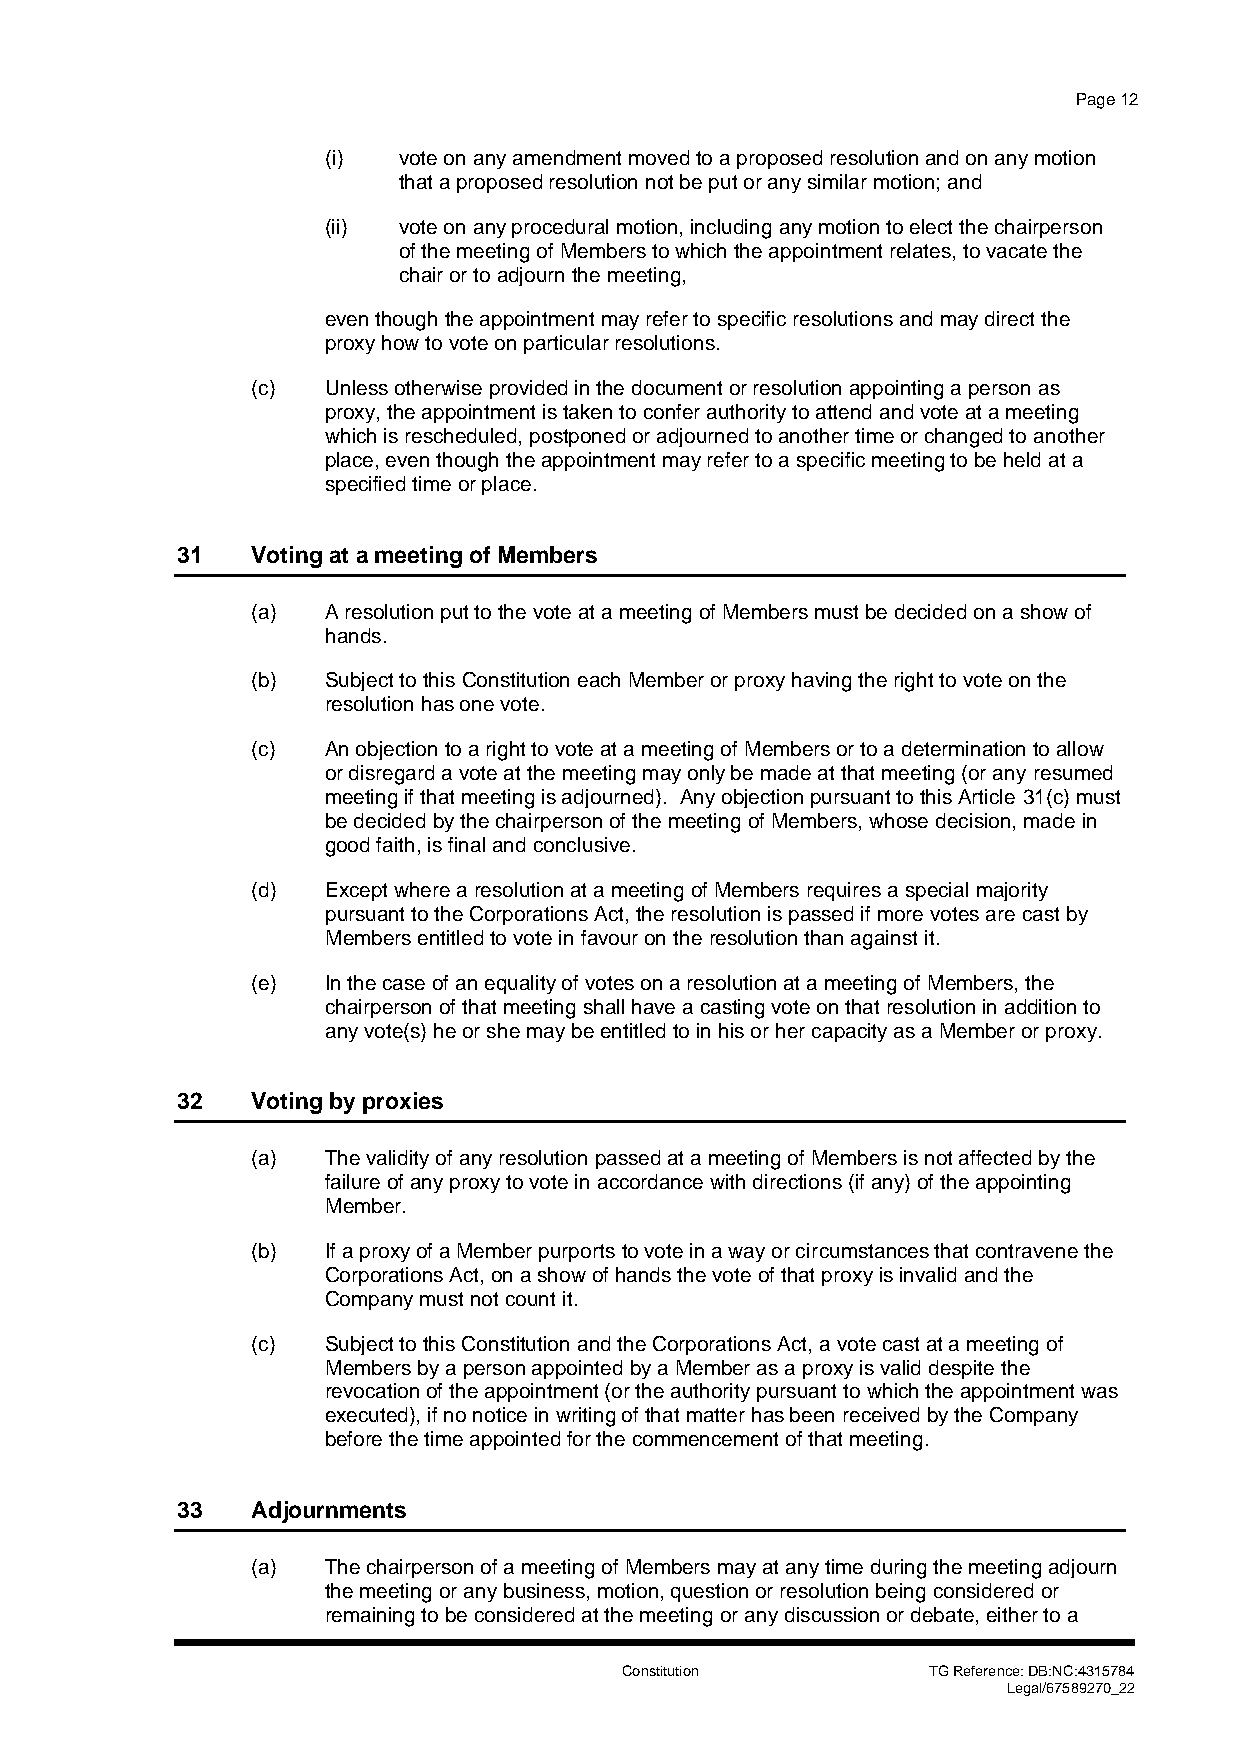
Page 12
 (i) vote on any amendment moved to a proposed resolution and on any motion
 that a proposed resolution not be put or any similar motion; and
 (ii) vote on any procedural motion, including any motion to elect the chairperson
 of the meeting of Members to which the appointment relates, to vacate the
 chair or to adjourn the meeting,
 even though the appointment may refer to specific resolutions and may direct the
 proxy how to vote on particular resolutions.
 (c)  Unless otherwise provided in the document or resolution appointing a person as
 proxy, the appointment is taken to confer authority to attend and vote at a meeting
 which is rescheduled, postponed or adjourned to another time or changed to another
 place, even though the appointment may refer to a specific meeting to be held at a
 specified time or place.
 31   Voting at a meeting of Members
 (a)  A resolution put to the vote at a meeting of Members must be decided on a show of
 hands.
 (b)  Subject to this Constitution each Member or proxy having the right to vote on the
 resolution has one vote.
 (c)  An objection to a right to vote at a meeting of Members or to a determination to allow
 or disregard a vote at the meeting may only be made at that meeting (or any resumed
 meeting if that meeting is adjourned). Any objection pursuant to this Article 31(c) must
 be decided by the chairperson of the meeting of Members, whose decision, made in
 good faith, is final and conclusive.
 (d)  Except where a resolution at a meeting of Members requires a special majority
 pursuant to the Corporations Act, the resolution is passed if more votes are cast by
 Members entitled to vote in favour on the resolution than against it.
 (e)  In the case of an equality of votes on a resolution at a meeting of Members, the
 chairperson of that meeting shall have a casting vote on that resolution in addition to
 any vote(s) he or she may be entitled to in his or her capacity as a Member or proxy.
 32   Voting by proxies
 (a)  The validity of any resolution passed at a meeting of Members is not affected by the
 failure of any proxy to vote in accordance with directions (if any) of the appointing
 Member.
 (b)  If a proxy of a Member purports to vote in a way or circumstances that contravene the
 Corporations Act, on a show of hands the vote of that proxy is invalid and the
 Company must not count it.
 (c)  Subject to this Constitution and the Corporations Act, a vote cast at a meeting of
 Members by a person appointed by a Member as a proxy is valid despite the
 revocation of the appointment (or the authority pursuant to which the appointment was
 executed), if no notice in writing of that matter has been received by the Company
 before the time appointed for the commencement of that meeting.
 33   Adjournments
 (a)  The chairperson of a meeting of Members may at any time during the meeting adjourn
 the meeting or any business, motion, question or resolution being considered or
 remaining to be considered at the meeting or any discussion or debate, either to a
 Constitution        TG Reference: DB:NC:4315784
 Legal/67589270_22